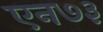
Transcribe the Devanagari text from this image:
एन७३